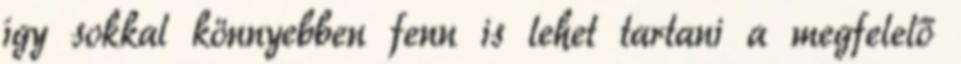
így sokkal könnyebben fenn is lehet tartani a megfelelő